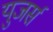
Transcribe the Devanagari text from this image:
युजर्स